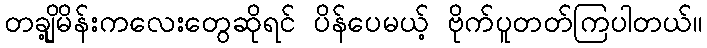
တချို့မိန်းကလေးတွေဆိုရင် ပိန်ပေမယ့် ဗိုက်ပူတတ်ကြပါတယ်။